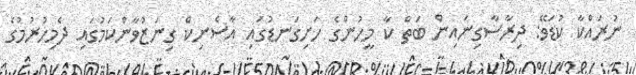
ނުރައްކާ ކުޑަވޭ: ދިރާސާގިނައިން ބަތް ކާ މީހުންގެ ހަށިގަނޑުގައި އާސެނިކް ގިނަޒުވާންކަމުގައި ދެމިހުރުމުގެ